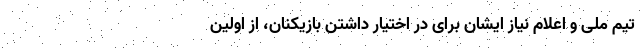
تیم‌ ملی و اعلام نیاز ایشان برای در اختیار داشتن بازیکنان، از اولین